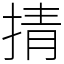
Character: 掅